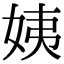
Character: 姨